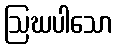
ဩဃပါသော